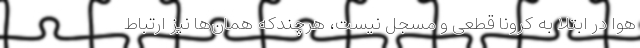
هوا در ابتلا به کرونا قطعی و مسجل نیست، هرچندکه همان‌ها نیز ارتباط